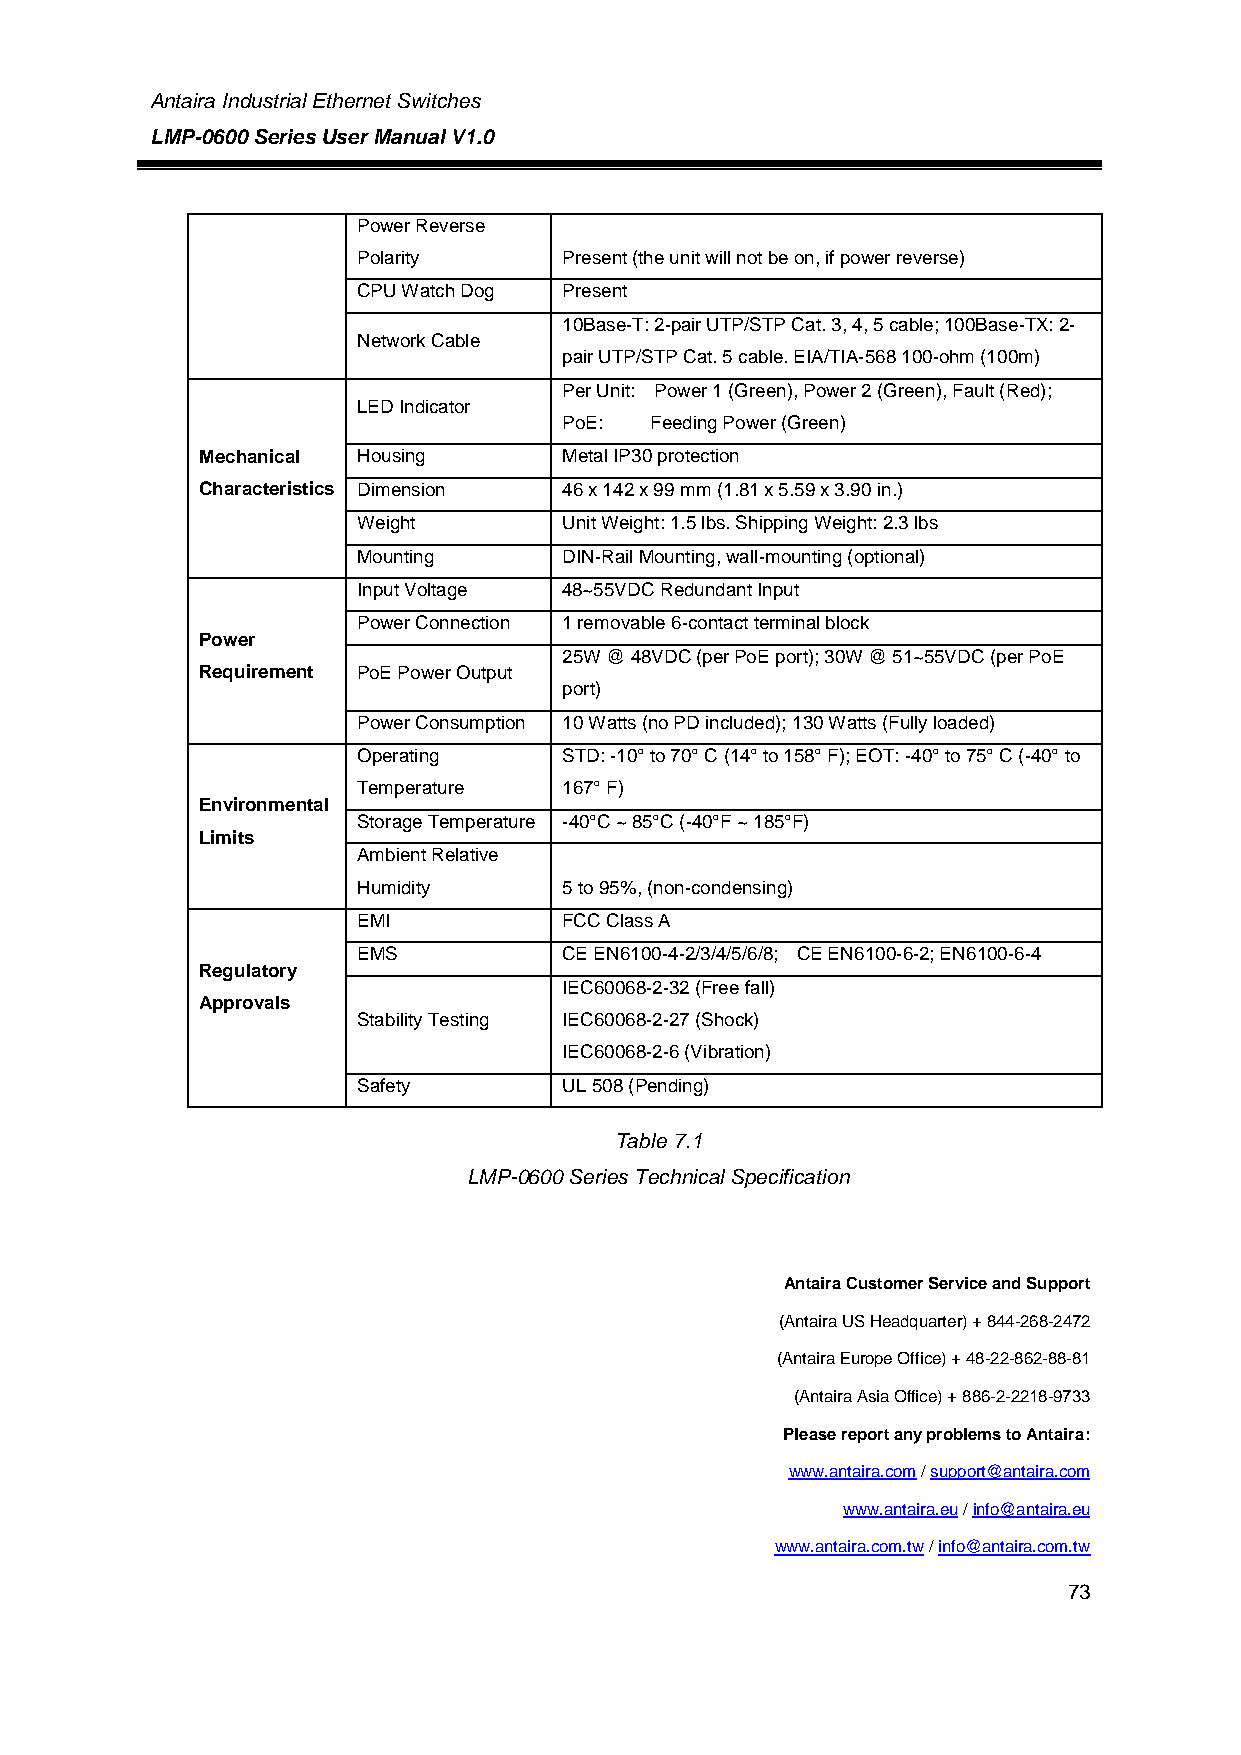
Antaira Industrial Ethernet Switches
 LMP-0600 Series User Manual V1.0
 Power Reverse
 Polarity     Present (the unit will not be on, if power reverse)
 CPU Watch Dog Present
 10Base-T: 2-pair UTP/STP Cat. 3, 4, 5 cable; 100Base-TX: 2-
 Network Cable
 pair UTP/STP Cat. 5 cable. EIA/TIA-568 100-ohm (100m)
 Per Unit: Power 1 (Green), Power 2 (Green), Fault (Red);
 LED Indicator
 PoE:  Feeding Power (Green)
 Mechanical Housing      Metal IP30 protection
 Characteristics Dimension 46 x 142 x 99 mm (1.81 x 5.59 x 3.90 in.)
 Weight       Unit Weight: 1.5 lbs. Shipping Weight: 2.3 lbs
 Mounting     DIN-Rail Mounting, wall-mounting (optional)
 Input Voltage 48~55VDC Redundant Input
 Power Connection 1 removable 6-contact terminal block
 Power
 25W @ 48VDC (per PoE port); 30W @ 51~55VDC (per PoE
 Requirement PoE Power Output
 port)
 Power Consumption 10 Watts (no PD included); 130 Watts (Fully loaded)
 Operating    STD: -10° to 70° C (14° to 158° F); EOT: -40° to 75° C (-40° to
 Temperature  167° F)
 Environmental
 Storage Temperature -40°C ~ 85°C (-40°F ~ 185°F)
 Limits
 Ambient Relative
 Humidity     5 to 95%, (non-condensing)
 EMI          FCC Class A
 EMS          CE EN6100-4-2/3/4/5/6/8; CE EN6100-6-2; EN6100-6-4
 Regulatory
 IEC60068-2-32 (Free fall)
 Approvals
 Stability Testing IEC60068-2-27 (Shock)
 IEC60068-2-6 (Vibration)
 Safety       UL 508 (Pending)
 Table 7.1
 LMP-0600 Series Technical Specification
 Antaira Customer Service and Support
 (Antaira US Headquarter) + 844-268-2472
 (Antaira Europe Office) + 48-22-862-88-81
 (Antaira Asia Office) + 886-2-2218-9733
 Please report any problems to Antaira:
 www.antaira.com / support@antaira.com
 www.antaira.eu / info@antaira.eu
 www.antaira.com.tw / info@antaira.com.tw
 Any changes to this material will be announced on the Antaira websi7te3.